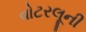
વોટરલૂની